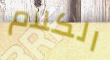
الكلام